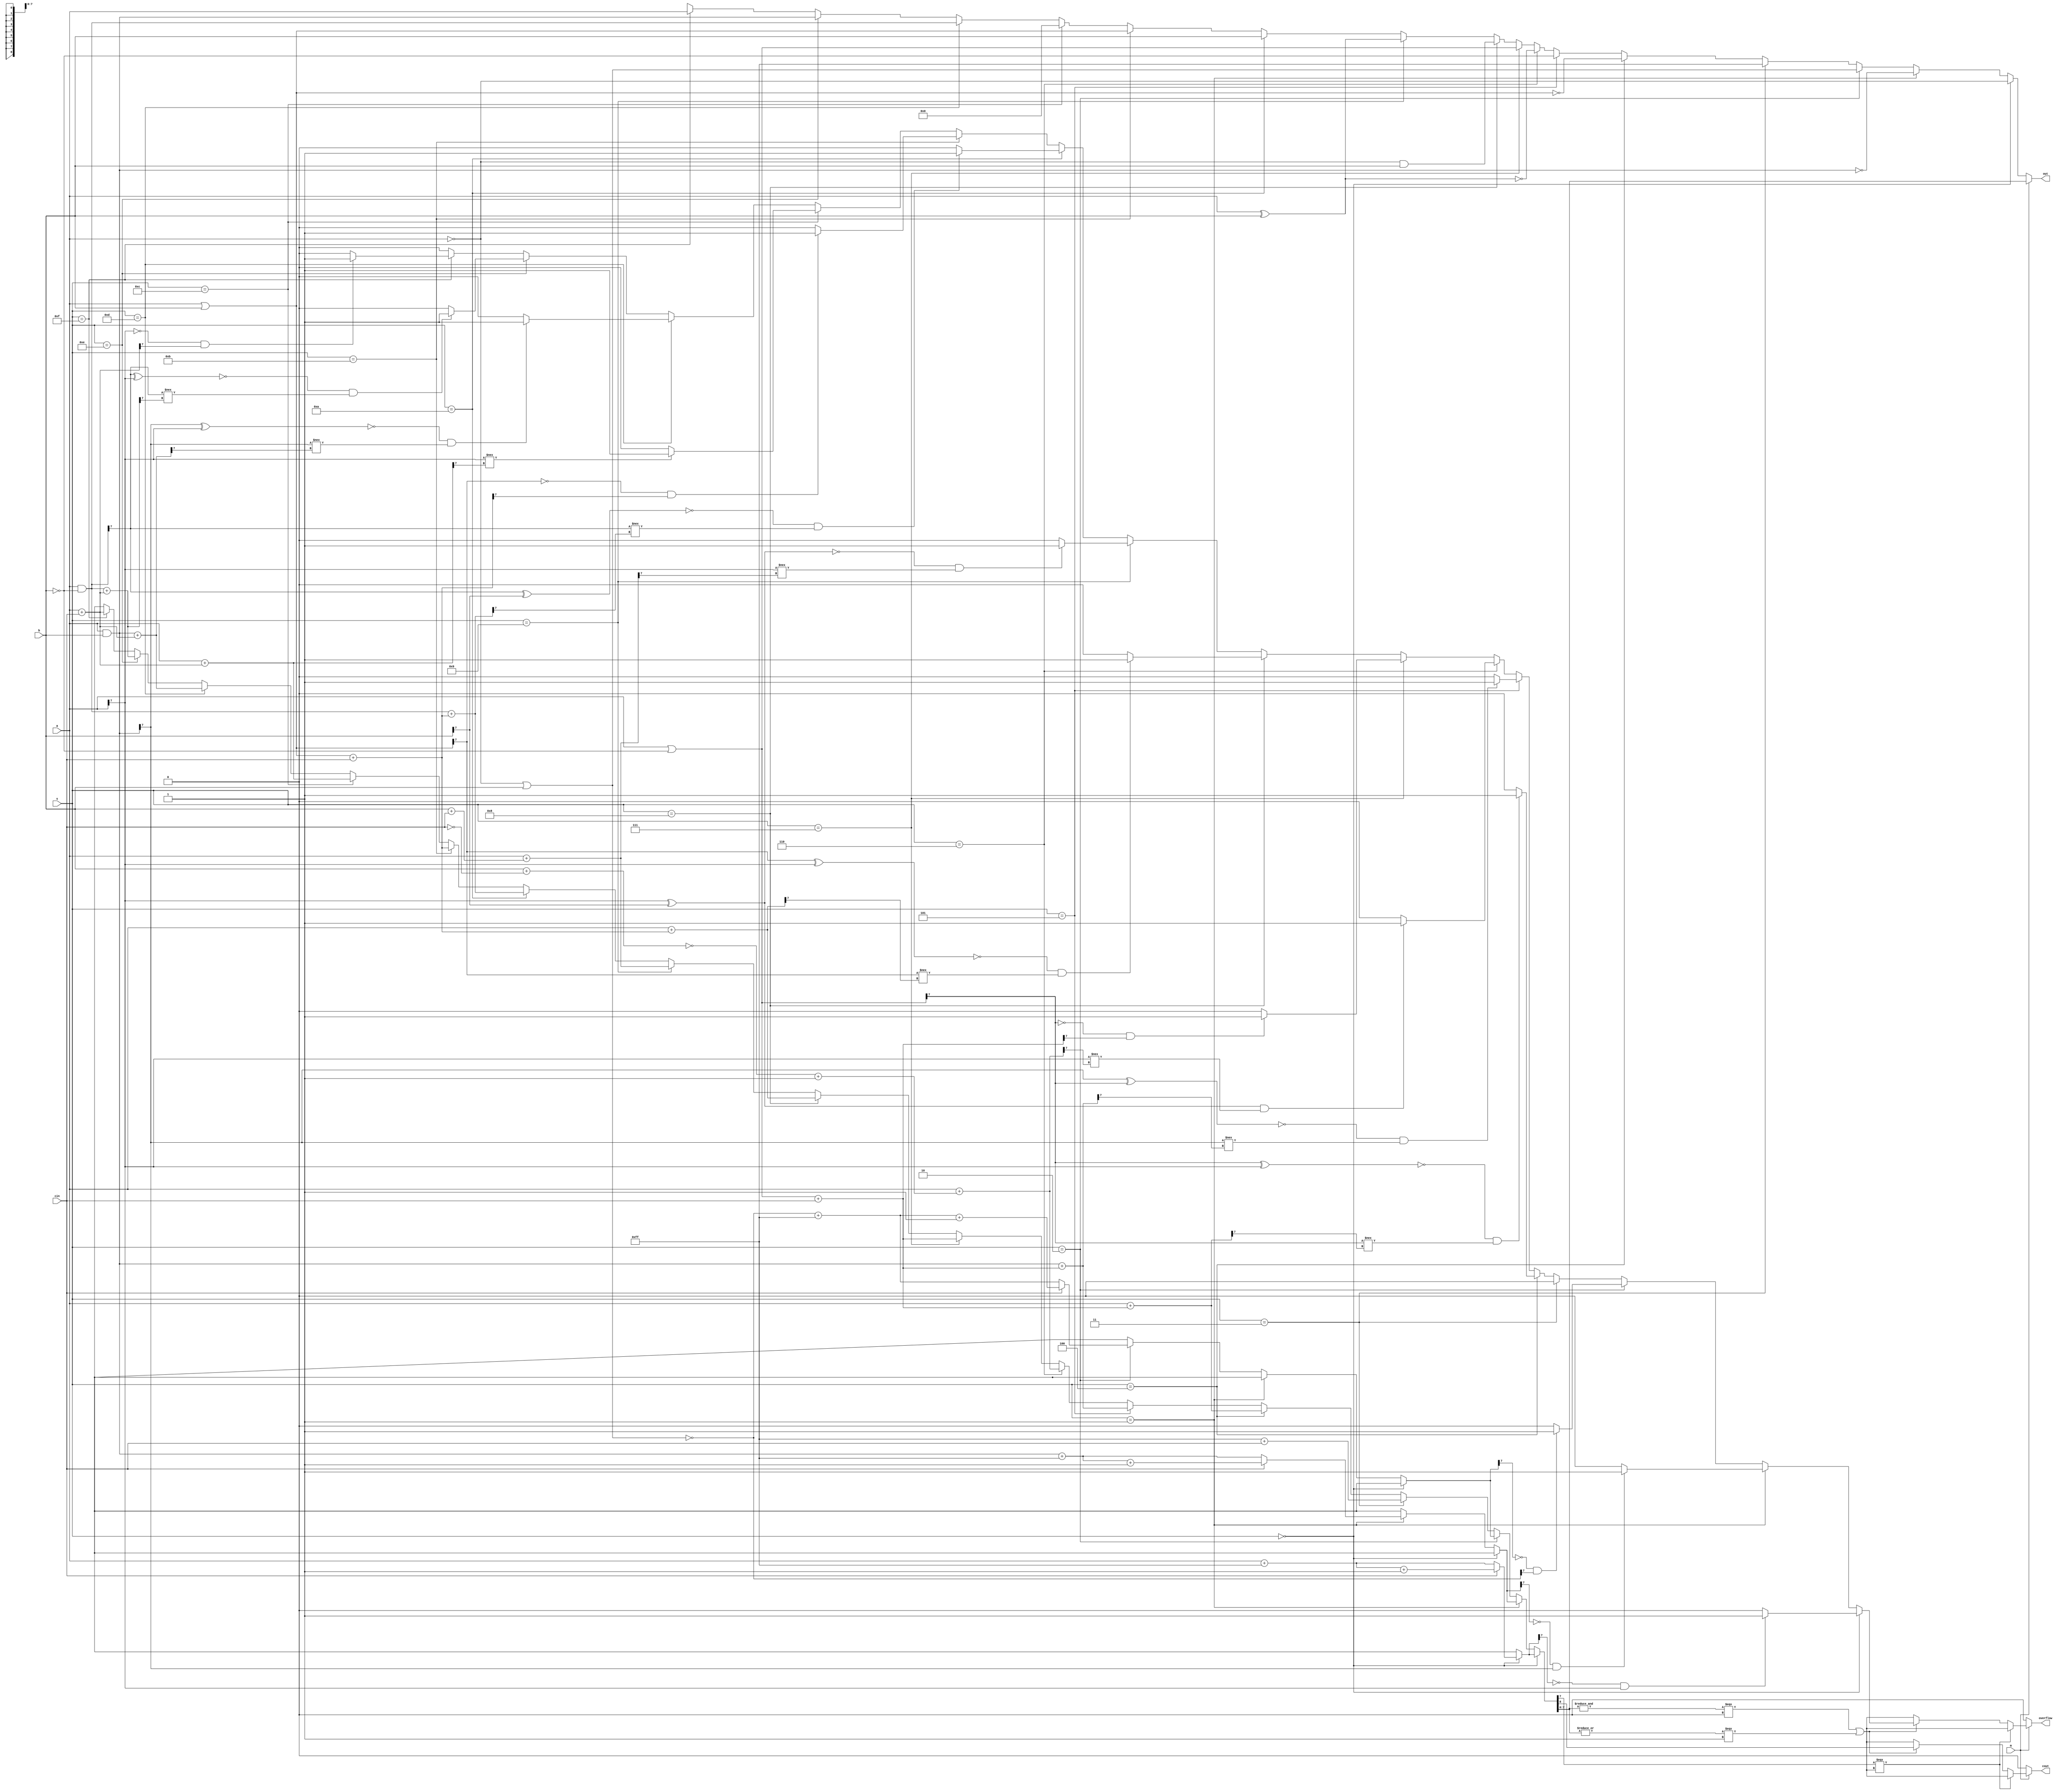
module alu_generic(a,b,cin,m,s,cout,out,overflow);
  parameter n = 8;
  input [(n - 1):0] a;
  input [(n - 1):0] b;
  input  cin;
  input  m;
  input [3:0] s;
  output  cout;
  output [(n - 1):0] out;
  output  overflow;
  reg  cout;
  reg [(n - 1):0] out;
  reg  overflow;
  reg [(n - 1):0] logic;
  reg [(n - 1):0] pr;
  reg [(n - 1):0] pr1;
  reg [n:0] arith;
  reg [n:0] aa;
  reg  cinbar;
  always
    @(a or b or cin or s or m)
      begin
      overflow = 1'b0;
      cinbar = ( ~ cin);
      if((s == 4'd0))
        begin
        logic = ( ~ a);
        aa = ( ~ 128'b0);
        aa[n] = 1'b0;
        arith = ({1'b0,a} + aa);
        if((cin == 1'b1))
          arith = (arith + 1'b1);
        if(((1'b0 == arith[(n - 1)]) && (a[(n - 1)] == 1'b1)))
          overflow = 1'b1;
        end
      else      if((s == 4'd1))
        begin
        logic = ( ~ (a & b));
        pr = (a & b);
        aa = ( ~ 128'b0);
        aa[n] = 1'b0;
        arith = ({1'b0,pr} + aa);
        if((cin == 1'b1))
          arith = (arith + 1'b1);
        if(((arith[(n - 1)] == 1'b0) && (pr[(n - 1)] == 1'b1)))
          overflow = 1'b1;
        end
      else      if((s == 4'd2))
        begin
        logic = (( ~ a) | b);
        pr = ( ~ logic);
        aa = ( ~ 128'b0);
        aa[n] = 1'b0;
        arith = ({1'b0,pr} + aa);
        if((cin == 1'b1))
          arith = (arith + 1'b1);
        if(((arith[(n - 1)] == 1'b0) && (pr[(n - 1)] == 1'b1)))
          overflow = 1'b1;
        end
      else      if((s == 4'd3))
        begin
        logic = ( ~ 128'b0);
        arith = ({1'b0,logic} + cin);
        end
      else      if((s == 4'd4))
        begin
        logic = ( ~ (a | b));
        pr = (a | ( ~ b));
        arith = (a + ({1'b0,pr} + cin));
        if(((1'b0 == (pr[(n - 1)] ^ a[(n - 1)])) && (pr[(n - 1)] !== arith[(n - 1)])))
          overflow = 1'b1;
        end
      else      if((s == 4'd5))
        begin
        logic = ( ~ b);
        pr = (a & b);
        pr1 = (a | ( ~ b));
        arith = (pr + ({1'b0,pr1} + cin));
        if(((1'b0 == (pr[(n - 1)] ^ pr1[(n - 1)])) && (pr[(n - 1)] !== arith[(n - 1)])))
          overflow = 1'b1;
        end
      else      if((s == 4'd6))
        begin
        logic = ( ~ (a ^ b));
        pr = (( ~ (b + cinbar)) + 1'b1);
        arith = ({1'b0,a} + pr);
        if((((a[(n - 1)] ^ b[(n - 1)]) == 1'b1) && (a[(n - 1)] !== arith[(n - 1)])))
          overflow = 1'b1;
        end
      else      if((s == 4'd7))
        begin
        logic = (a | ( ~ b));
        arith = ({1'b0,logic} + cin);
        if(((logic[(n - 1)] == 1'b0) && (arith[(n - 1)] == 1'b1)))
          overflow = 1'b1;
        end
      else      if((s == 4'd8))
        begin
        logic = (( ~ a) & b);
        pr = (a | b);
        arith = (a + ({1'b0,pr} + cin));
        if(((1'b0 == (pr[(n - 1)] ^ a[(n - 1)])) && (pr[(n - 1)] !== arith[(n - 1)])))
          overflow = 1'b1;
        end
      else      if((s == 4'd9))
        begin
        logic = (a ^ b);
        arith = (a + ({1'b0,b} + cin));
        if(((1'b0 == (a[(n - 1)] ^ b[(n - 1)])) && (a[(n - 1)] !== arith[(n - 1)])))
          overflow = 1'b1;
        end
      else      if((s == 4'd10))
        begin
        logic = b;
        pr = (a & ( ~ b));
        pr1 = (a | b);
        arith = (pr + ({1'b0,pr1} + cin));
        if(((1'b0 == (pr[(n - 1)] ^ b[(n - 1)])) && (pr[(n - 1)] !== arith[(n - 1)])))
          overflow = 1'b1;
        end
      else      if((s == 4'd11))
        begin
        logic = (a | b);
        arith = ({1'b0,logic} + cin);
        if(((logic[(n - 1)] == 1'b0) && (arith[(n - 1)] == 1'b1)))
          overflow = 1'b1;
        end
      else      if((s == 4'd12))
        begin
        logic = 128'b0;
        arith = (a + ({1'b0,a} + cin));
        if((a[(n - 1)] !== arith[(n - 1)]))
          overflow = 1'b1;
        end
      else      if((s == 4'd13))
        begin
        logic = (a & ( ~ b));
        pr = (a & b);
        arith = (pr + ({1'b0,a} + cin));
        if(((1'b0 == (pr[(n - 1)] ^ a[(n - 1)])) && (pr[(n - 1)] !== arith[(n - 1)])))
          overflow = 1'b1;
        end
      else      if((s == 4'd14))
        begin
        logic = (a & b);
        pr = (a & ( ~ b));
        arith = (pr + ({1'b0,a} + cin));
        if(((1'b0 == (pr[(n - 1)] ^ a[(n - 1)])) && (pr[(n - 1)] !== arith[(n - 1)])))
          overflow = 1'b1;
        end
      else      if((s == 4'd15))
        begin
        logic = a;
        arith = ({1'b0,a} + cin);
        if(((logic[(n - 1)] == 1'b0) && (arith[(n - 1)] == 1'b1)))
          overflow = 1'b1;
        end
      else
        begin
        logic = 128'bX;
        arith = 128'bX;
        end
      if((m == 1'b0))
        begin
        cout = 1'b0;
        out = logic;
        overflow = 1'b0;
        end
      else      if((m == 1'b1))
        begin
        cout = arith[n];
        out = arith[(n - 1):0];
        if((arith[(n - 1)] === 1'bx))
          begin
          overflow = 1'bx;
          cout = 1'bx;
          end
        else        if(( ! ((( & out) === 1'b0) || (( | out) === 1'b1))))
          begin
          overflow = 1'bx;
          cout = 1'bx;
          end
        end
      else
        begin
        cout = 1'bX;
        out = 128'bX;
        end
      end
endmodule